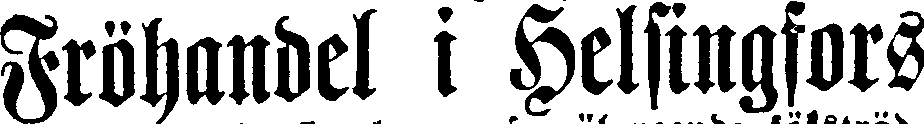
Fröhandel i Helsingfors